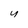
Character: 4